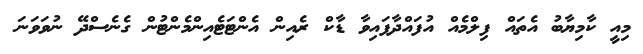
މިއީ ކާމިޔާބު އެތައް ފިލްމެއް އުފައްދާފައިވާ ޑާކް ރެއިން އެންޓަޓެއިންމެންޓުން ގެނެެސްދޭ ނުވަވަނަ